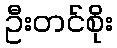
ဦးတင်စိုး